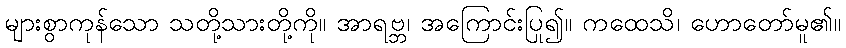
များစွာကုန်သော သတို့သားတို့ကို။ အာရဗ္ဘ၊ အကြောင်းပြု၍။ ကထေသိ၊ ဟောတော်မူ၏။